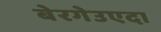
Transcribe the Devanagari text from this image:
बेरगेउएदा